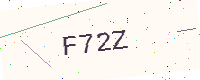
Text: F72Z